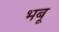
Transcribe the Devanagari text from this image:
भबू